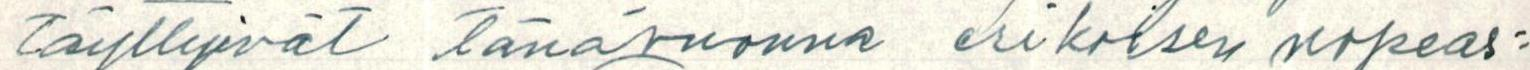
täyttyivät tänävuonna erikoisen nopeas=